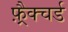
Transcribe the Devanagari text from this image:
फ़्रैक्चर्ड